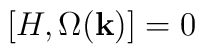
[H, \Omega({\bf k})] = 0